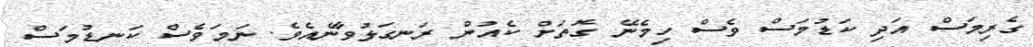
ގެރިމަސް އަދި ކަޑުމަސް ވެސް ހިމެނޭ ގޮތަށް ކެއުން ރަނގަޅުވާނެއެވެ. ނަމަވެސް ކަނޑުމަސް